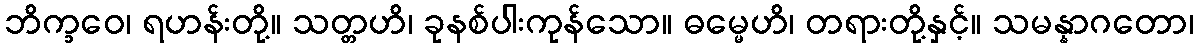
ဘိက္ခဝေ၊ ရဟန်းတို့။ သတ္တဟိ၊ ခုနစ်ပါးကုန်သော။ ဓမ္မေဟိ၊ တရားတို့နှင့်။ သမန္နာဂတော၊